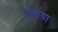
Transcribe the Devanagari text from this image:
इलाया